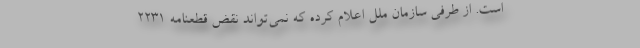
است. از طرفی سازمان ملل اعلام کرده که نمی‌تواند نقض قطعنامه‌ 2231